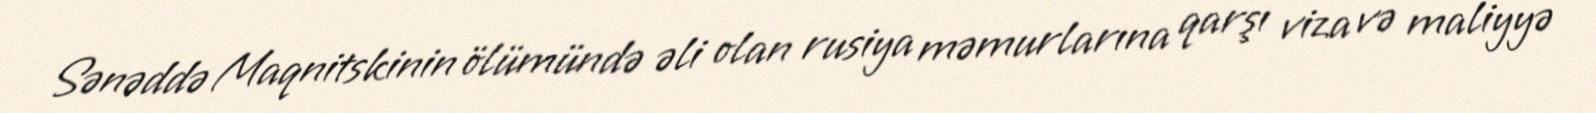
Sənəddə Maqnitskinin ölümündə əli olan rusiya məmurlarına qarşı viza və maliyyə